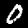
Digit: 0